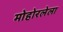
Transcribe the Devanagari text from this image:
मोहोरलेला